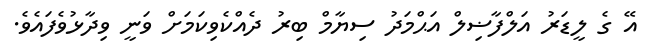
އޭ ގެ ލީޑަރު އަލްފާޟިލް އަޙްމަދު ސިޔާމް ބިރު ދެއްކެވިކަމަށް ވަނީ ވިދާޅުވެފައެވެ.